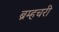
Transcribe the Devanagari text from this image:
ब्रम्हचरी